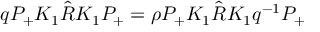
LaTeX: q P _ { + } K _ { 1 } \hat { R } K _ { 1 } P _ { + } = \rho P _ { + } K _ { 1 } \hat { R } K _ { 1 } q ^ { - 1 } P _ { + }